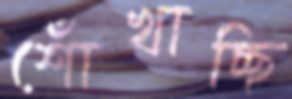
শোঁখাচ্ছি